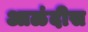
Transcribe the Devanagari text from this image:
आळंदीस